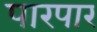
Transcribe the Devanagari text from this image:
पारपार